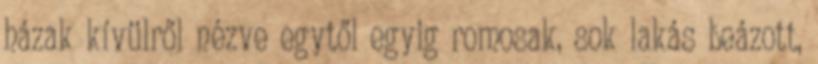
házak kívülről nézve egytől egyig romosak, sok lakás beázott,